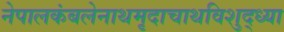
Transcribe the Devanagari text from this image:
नेपालकंबलेनाथमृदाचाथविशुद्ध्या